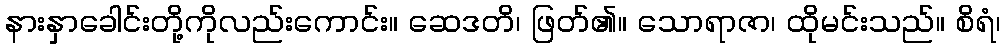
နားနှာခေါင်းတို့ကိုလည်းကောင်း။ ဆေဒတိ၊ ဖြတ်၏။ သောရာဇာ၊ ထိုမင်းသည်။ စိရံ၊